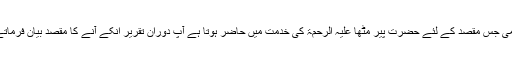
یہاں تک کہ اس زمانہ میں یہ مشہور تھا کہ آدمی جس مقصد کے لئے حضرت پیر مٹھا علیہ الرحمۃ کی خدمت میں حاضر ہوتا ہے آپ دوران تقریر انکے آنے کا مقصد بیان فرماتے، ساتھ ہی ہدایت و رہنمائی بھی فرماتے تھے۔